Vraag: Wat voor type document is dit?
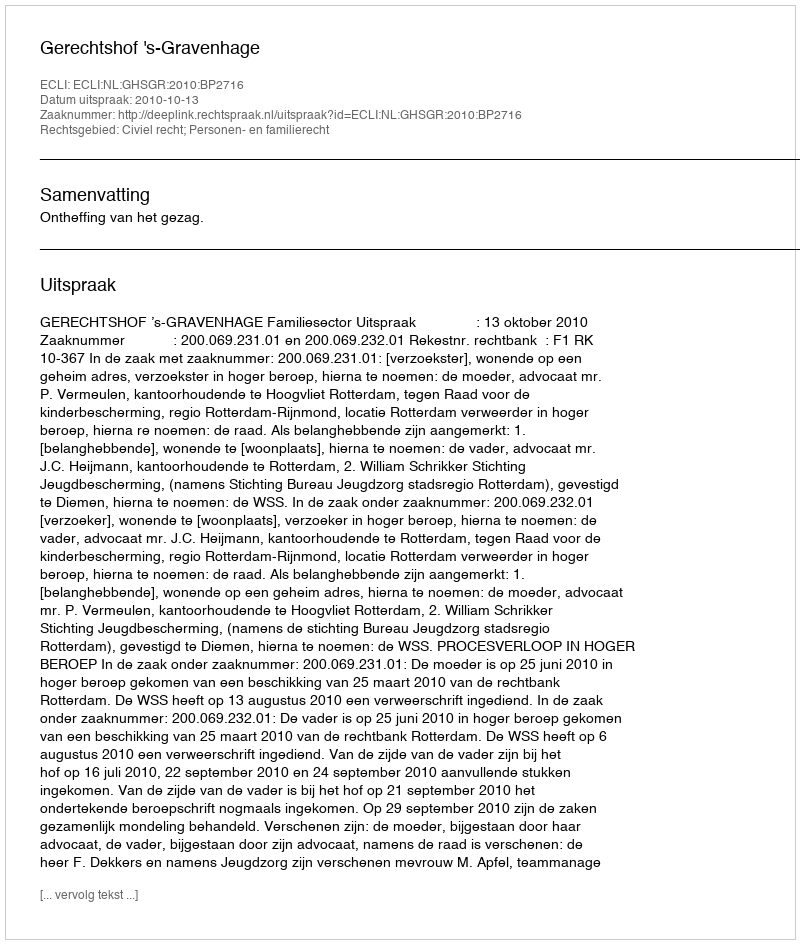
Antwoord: Uitspraak